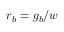
r _ { b } = g _ { b } / w